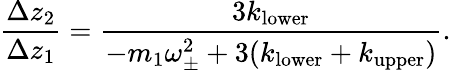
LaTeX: \frac{\Delta z_{2}}{\Delta z_{1}}=\frac{3k_{\mathrm{lower}}}{-m_{1}\omega_{\pm}^{2}+3(k_{\mathrm{lower}}+k_{\mathrm{upper}})}.